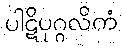
ပါဋိပုဂ္ဂလိကံ